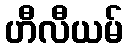
ဟီလီယမ်